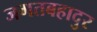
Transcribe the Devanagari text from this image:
जगतबहादुर